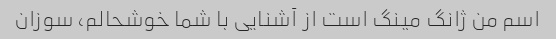
اسم من ژانگ مینگ است از آشنایی با شما خوشحالم، سوزان